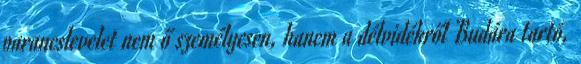
parancslevelet nem ő személyesen, hanem a délvidékről Budára tartó,